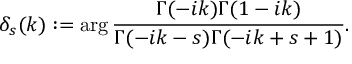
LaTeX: \delta _ { s } ( k ) : = \arg \frac { \Gamma ( - i k ) \Gamma ( 1 - i k ) } { \Gamma ( - i k - s ) \Gamma ( - i k + s + 1 ) } .